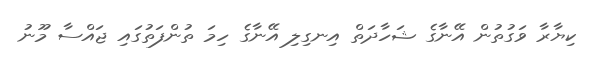
ކިޔާރާ ވަގުތުން އޭނާގެ ޝަހާދަތް އިނގިލި އޭނާގެ ހިމަ ތުންފަތުގައި ޖައްސާ މޫނު